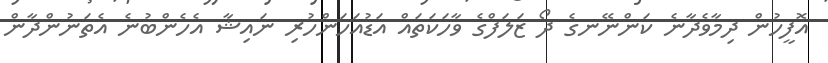
އޮފީހުން ދިމާވެދާނެ ކަންނޭނގެ ދޯ ޒަލަފްގެ ވާހަކަތައް އަޑުއަހަަންހުރި ނައިޝާ އެހެންބުނެ އެތަނުންދާން